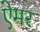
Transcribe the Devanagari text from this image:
ऐमर